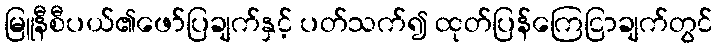
မြူနီစီပယ်၏ဖော်ပြချက်နှင့် ပတ်သက်၍ ထုတ်ပြန်ကြေငြာချက်တွင်